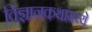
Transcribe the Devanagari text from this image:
विज्ञानकथांमध्ये